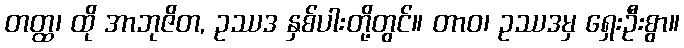
တတ္ထ၊ ထို အာဘုဇိတ, ဥဿဒ နှစ်ပါးတို့တွင်။ တာဝ၊ ဥဿဒမှ ရှေးဦးစွာ။